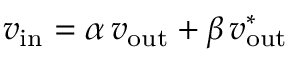
v _ { \mathrm { i n } } = \alpha \, v _ { \mathrm { o u t } } + \beta \, v _ { \mathrm { o u t } } ^ { * }